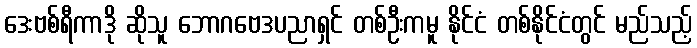
ဒေးဗစ်ရီကာဒို ဆိုသူ ဘောဂဗေဒပညာရှင် တစ်ဦးကမူ နိုင်ငံ တစ်နိုင်ငံတွင် မည်သည့်